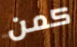
كمن